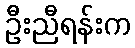
ဦးညီရန်းက